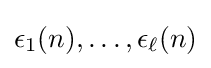
\epsilon _{1}(n),\dots ,\epsilon _{\ell }(n)